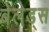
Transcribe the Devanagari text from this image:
बेलेड्स